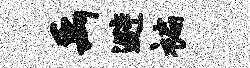
禹避褊